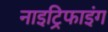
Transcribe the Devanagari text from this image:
नाइट्रिफाइंग